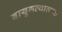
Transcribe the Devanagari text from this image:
वायुगत्यात्मक